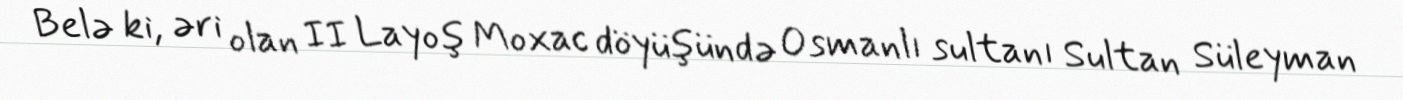
Belə ki, əri olan II Layoş Moxac döyüşündə Osmanlı sultanı Sultan Süleyman